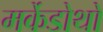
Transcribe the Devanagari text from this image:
मर्केडोथो